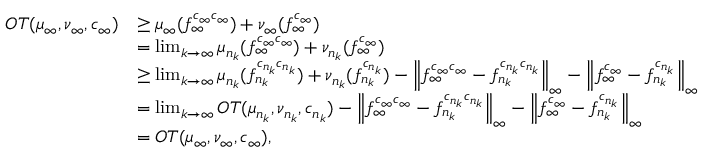
\begin{array} { r l } { O T ( \mu _ { \infty } , \nu _ { \infty } , { c _ { \infty } } ) } & { \geq \mu _ { \infty } ( f _ { \infty } ^ { c _ { \infty } c _ { \infty } } ) + \nu _ { \infty } ( f _ { \infty } ^ { c _ { \infty } } ) } \\ & { = \operatorname* { l i m } _ { k \rightarrow \infty } \mu _ { n _ { k } } ( f _ { \infty } ^ { c _ { \infty } c _ { \infty } } ) + \nu _ { n _ { k } } ( f _ { \infty } ^ { c _ { \infty } } ) } \\ & { \geq \operatorname* { l i m } _ { k \rightarrow \infty } \mu _ { n _ { k } } ( f _ { n _ { k } } ^ { c _ { n _ { k } } c _ { n _ { k } } } ) + \nu _ { n _ { k } } ( f _ { n _ { k } } ^ { c _ { n _ { k } } } ) - \left\| f _ { \infty } ^ { c _ { \infty } c _ { \infty } } - f _ { n _ { k } } ^ { c _ { n _ { k } } c _ { n _ { k } } } \right\| _ { \infty } - \left\| f _ { \infty } ^ { c _ { \infty } } - f _ { n _ { k } } ^ { c _ { n _ { k } } } \right\| _ { \infty } } \\ & { = \operatorname* { l i m } _ { k \rightarrow \infty } O T ( \mu _ { n _ { k } } , \nu _ { n _ { k } } , { c _ { n _ { k } } } ) - \left\| f _ { \infty } ^ { c _ { \infty } c _ { \infty } } - f _ { n _ { k } } ^ { c _ { n _ { k } } c _ { n _ { k } } } \right\| _ { \infty } - \left\| f _ { \infty } ^ { c _ { \infty } } - f _ { n _ { k } } ^ { c _ { n _ { k } } } \right\| _ { \infty } } \\ & { = O T ( \mu _ { \infty } , \nu _ { \infty } , { c _ { \infty } } ) , } \end{array}